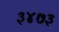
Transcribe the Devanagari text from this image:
३४७३